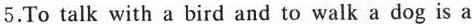
5.To talk with a bird and to walk a dog is a